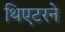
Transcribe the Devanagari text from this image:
थिएटरने